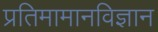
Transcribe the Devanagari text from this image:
प्रतिमामानविज्ञान